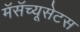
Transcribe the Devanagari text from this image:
मॅसॅच्यूसेटस